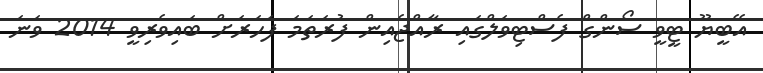
އޭބީޔޫ ޓީވީ ސޯންގް ފެސްޓިވަލްގައި ރާއްޖެއިން ފުރަތަމަ ފަހަރަށް ބައިވެރިވީ 2014 ވަނަ